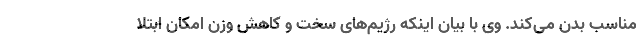
مناسب بدن می‌کند. وی با بیان اینکه رژیم‌های سخت و کاهش وزن امکان ابتلا